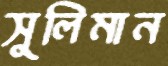
সুলিমান